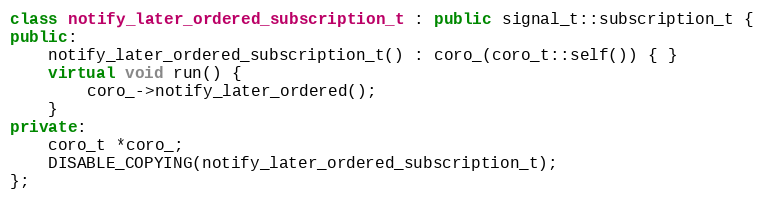
Language: C++
class notify_later_ordered_subscription_t : public signal_t::subscription_t {
public:
    notify_later_ordered_subscription_t() : coro_(coro_t::self()) { }
    virtual void run() {
        coro_->notify_later_ordered();
    }
private:
    coro_t *coro_;
    DISABLE_COPYING(notify_later_ordered_subscription_t);
};